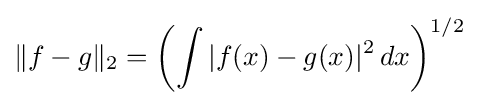
\|f-g\|_{2}=\left(\int |f(x)-g(x)|^{2}\,dx\right)^{1/2}